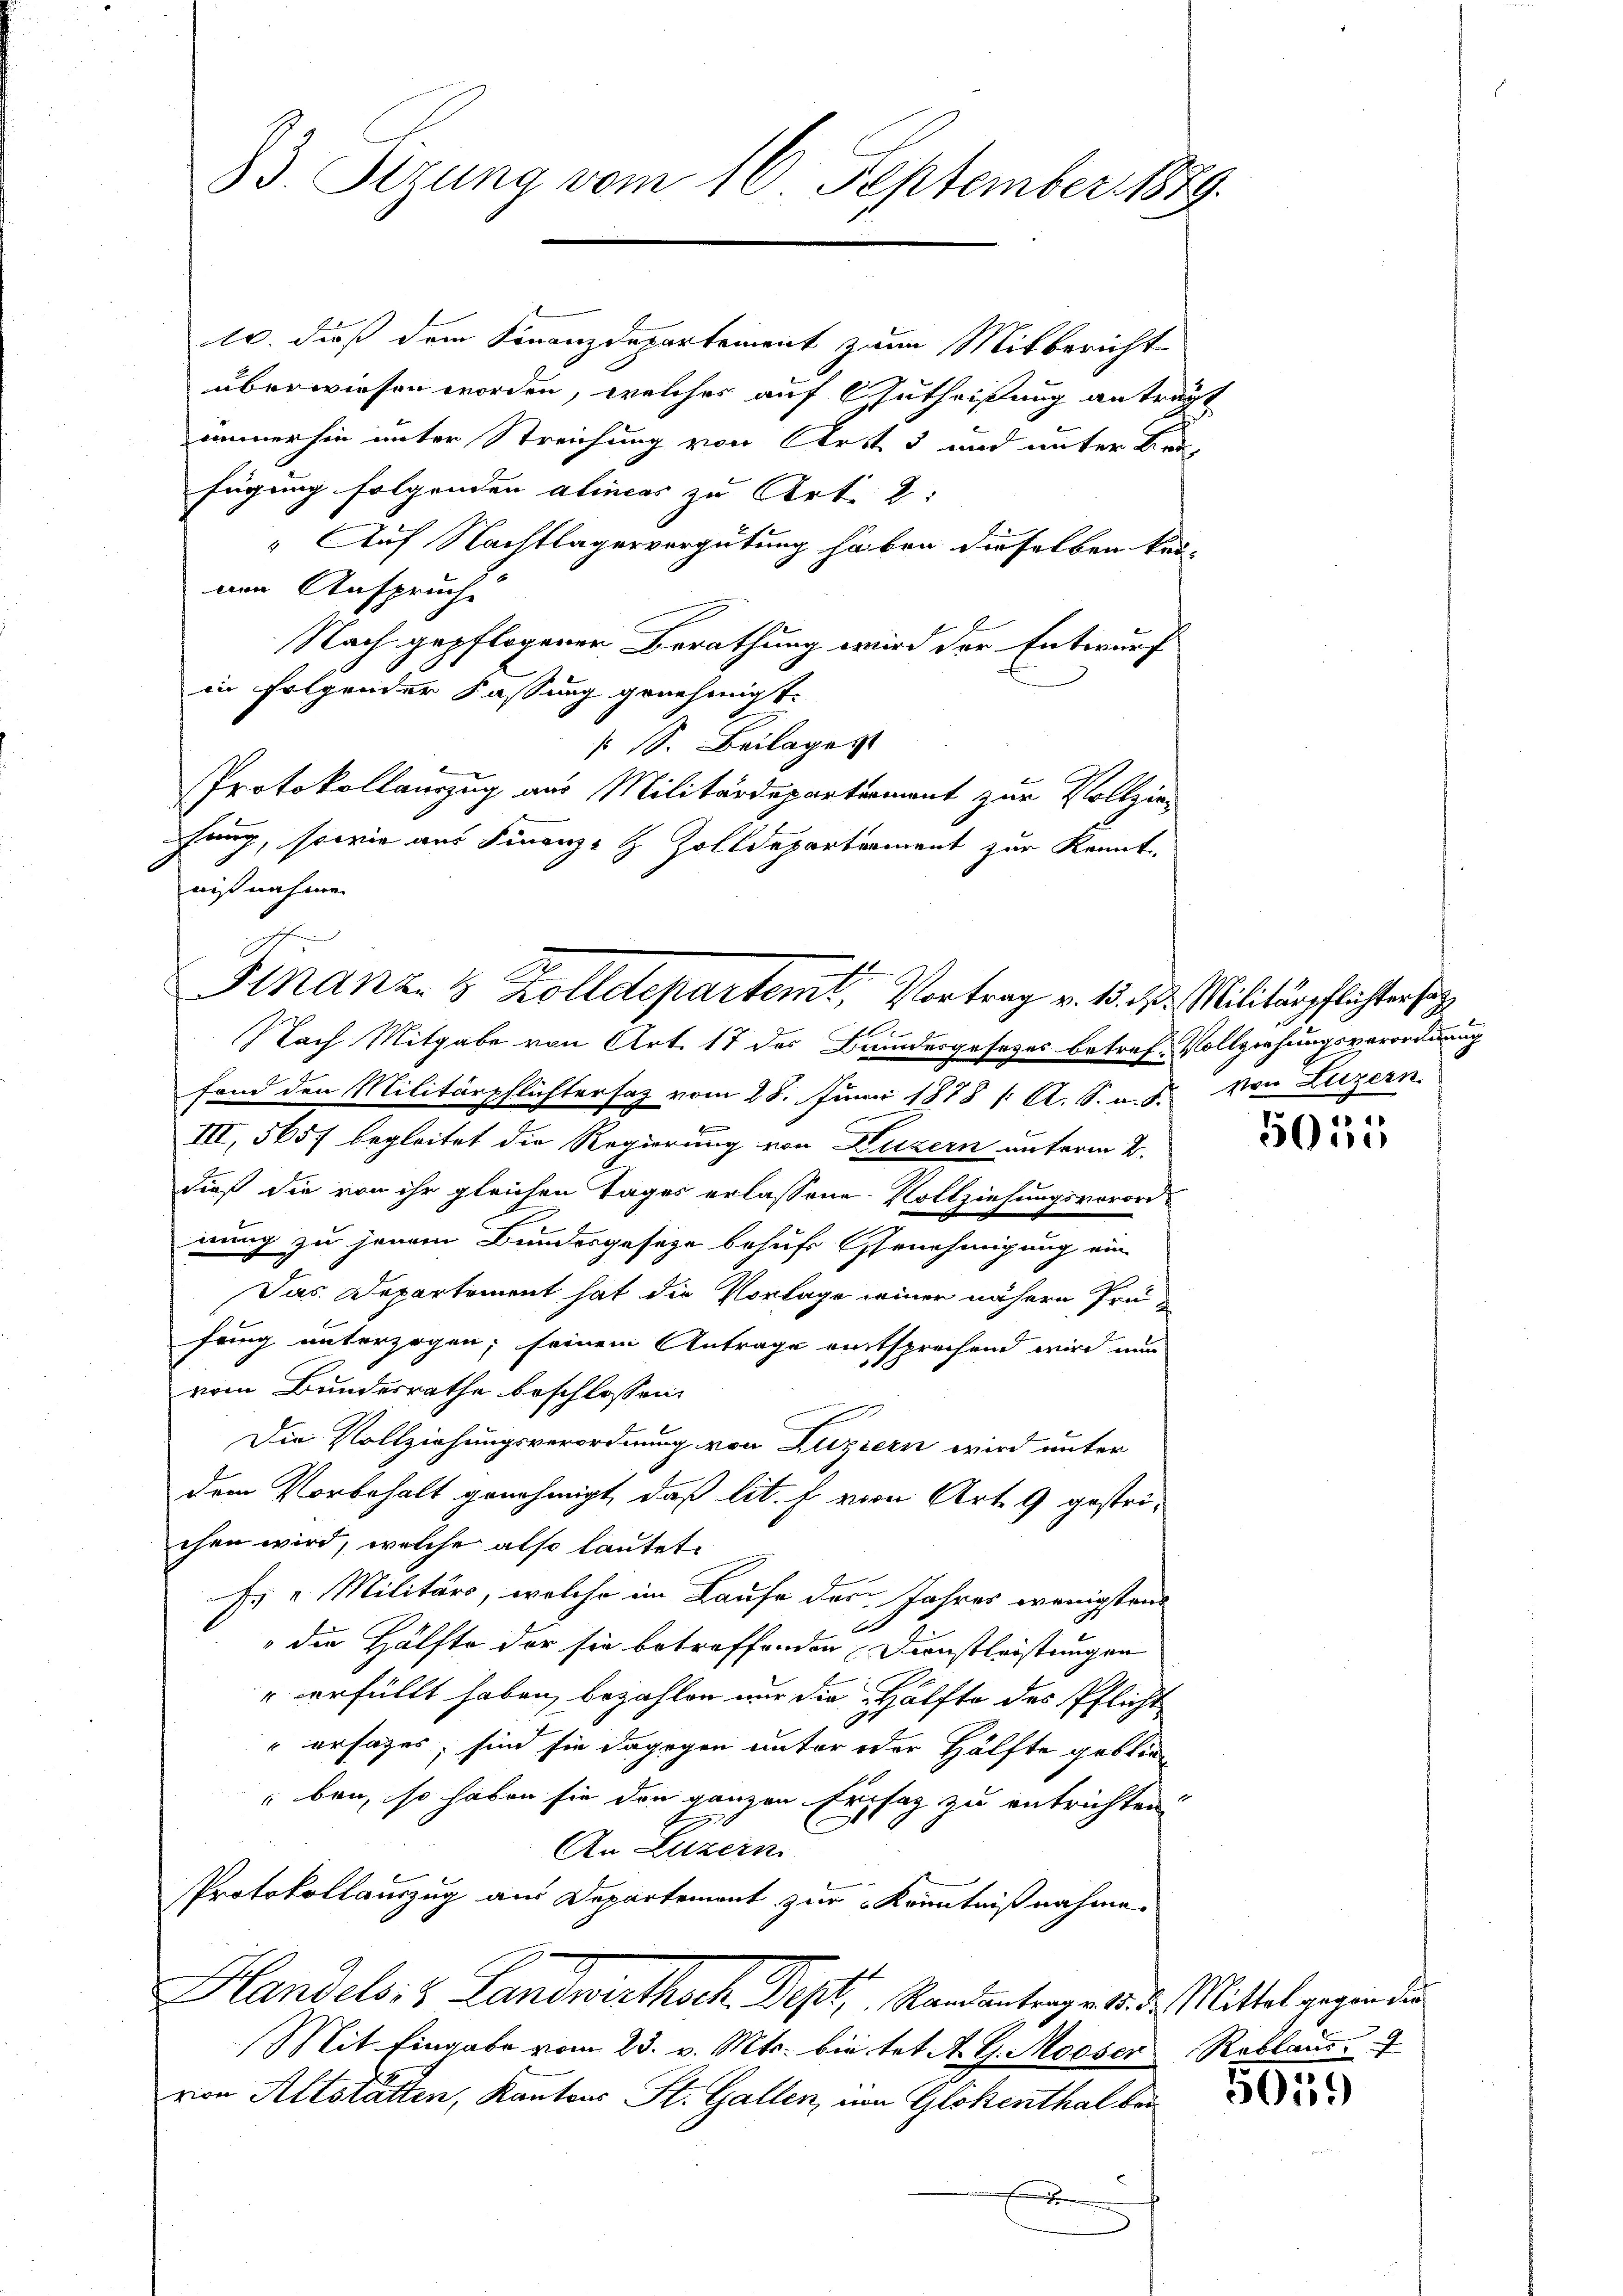
33. Sizung vom 16. September 1889.

A. dieß dem Finanzdepartement zum Mitbericht
überwiesen worden, welches auf 6 Zutheißung antrag.
immerhin unter Streichung von Art 5 und unter bei
fügung folgenden alincar zu Art. 2:
" Auf Nachtlagervergütung haben dieselben kan-
nen Anspruch
Nach gepflogener Berathung wird der Entwurf
in folgender Fassung genehmigt.
s S. Beilages
Protokollauszug aus Militärdepartermant zur Vollziehang, sowie aus Finanz- & Zolldepartement zur Kennt.
nißnahmen
Nach Mitgabe von Art. 17 des Bundesgesetzes betref Vollziehungsverordnung
fand den Militärpflichtersaz vom 28. Juni 1878 / A. S. v. J. von Luzern
III, 565f begleitet die Regierung von Luzern unterm 2.
dieß die von ihr gleichen Tages erlassene Vollziehungsverordnung zu jenem Bundesgeseze behufs Genehmigung ein
Das Departement hat die Vorlage seiner nähern Prüfung unterzogen; seinem Antrage entsprechend wird nun
vom Bundesrathe beschlossen:
Die Vollziehungsverordnung von Luzern wird unter
dem Vorbehalt genehmigt, daß lit. f. vom Art. 9 gestrichen wird, welche also lautet
Es " Militärs, welche im Laufe der Jahres wenigsten
d
" die Hälfte der sie betreffenden Dienstleistungen
" erfüllt haben, bezahlen nur die Hälfte des Pflicht
ersages, sind sie dagegen unter oder Hälfte geblie
ben, so haben sie den ganzen Ersatz zu entrichten
g
An Luzern.
Protokollauszug aus Departement zur Kenntnißnahme.
Handels- & Landwirthsch. Sept. Randentrag d. d. Mittel gegenden
Mit Eingabe vom 23. v. Mts. bietet A. G. Mooser Reblaus
von Altstätten, Kantons St. Gallen, um Glokenthal bei
E

t

Stnanz- & Zolldepartent, Vortrag v. 15. d. d. Militärpflichter soz

2

5011

50159)